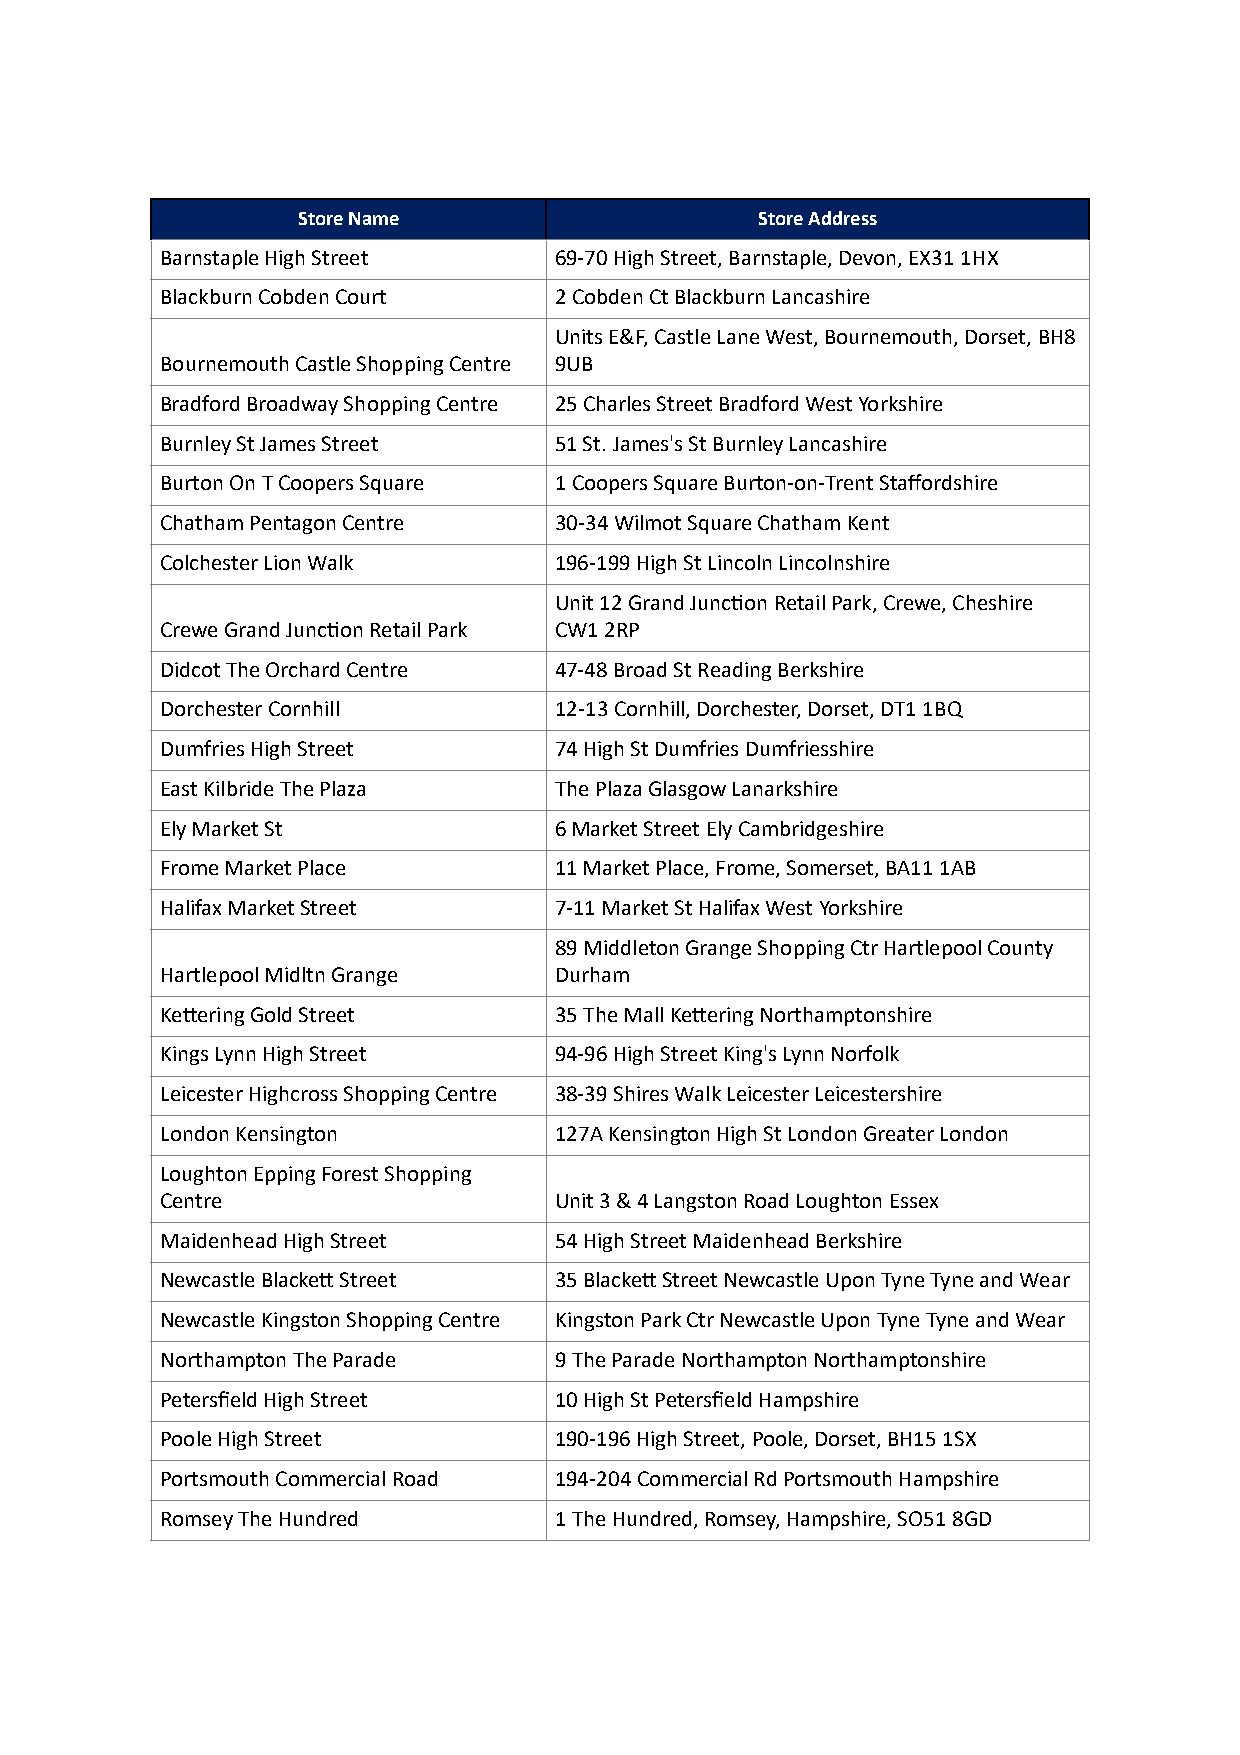
Store Name                    Store Address
 Barnstaple High Street    69-70 High Street, Barnstaple, Devon, EX31 1HX
 Blackburn Cobden Court    2 Cobden Ct Blackburn Lancashire
 Units E&F, Castle Lane West, Bournemouth, Dorset, BH8
 Bournemouth Castle Shopping Centre 9UB
 Bradford Broadway Shopping Centre 25 Charles Street Bradford West Yorkshire
 Burnley St James Street   51 St. James's St Burnley Lancashire
 Burton On T Coopers Square 1 Coopers Square Burton-on-Trent Staffordshire
 Chatham Pentagon Centre   30-34 Wilmot Square Chatham Kent
 Colchester Lion Walk      196-199 High St Lincoln Lincolnshire
 Unit 12 Grand Junc[on Retail Park, Crewe, Cheshire
 Crewe Grand Junc[on Retail Park CW1 2RP
 Didcot The Orchard Centre 47-48 Broad St Reading Berkshire
 Dorchester Cornhill       12-13 Cornhill, Dorchester, Dorset, DT1 1BQ
 Dumfries High Street      74 High St Dumfries Dumfriesshire
 East Kilbride The Plaza   The Plaza Glasgow Lanarkshire
 Ely Market St             6 Market Street Ely Cambridgeshire
 Frome Market Place        11 Market Place, Frome, Somerset, BA11 1AB
 Halifax Market Street     7-11 Market St Halifax West Yorkshire
 89 Middleton Grange Shopping Ctr Hartlepool County
 Hartlepool Midltn Grange  Durham
 Kebering Gold Street      35 The Mall Kebering Northamptonshire
 Kings Lynn High Street    94-96 High Street King's Lynn Norfolk
 Leicester Highcross Shopping Centre 38-39 Shires Walk Leicester Leicestershire
 London Kensington         127A Kensington High St London Greater London
 Loughton Epping Forest Shopping
 Centre                    Unit 3 & 4 Langston Road Loughton Essex
 Maidenhead High Street    54 High Street Maidenhead Berkshire
 Newcastle Blackeb Street  35 Blackeb Street Newcastle Upon Tyne Tyne and Wear
 Newcastle Kingston Shopping Centre Kingston Park Ctr Newcastle Upon Tyne Tyne and Wear
 Northampton The Parade    9 The Parade Northampton Northamptonshire
 Petersfield High Street   10 High St Petersfield Hampshire
 Poole High Street         190-196 High Street, Poole, Dorset, BH15 1SX
 Portsmouth Commercial Road 194-204 Commercial Rd Portsmouth Hampshire
 Romsey The Hundred        1 The Hundred, Romsey, Hampshire, SO51 8GD